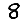
Digit: 8